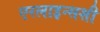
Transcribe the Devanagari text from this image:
एरलाइन्सशी